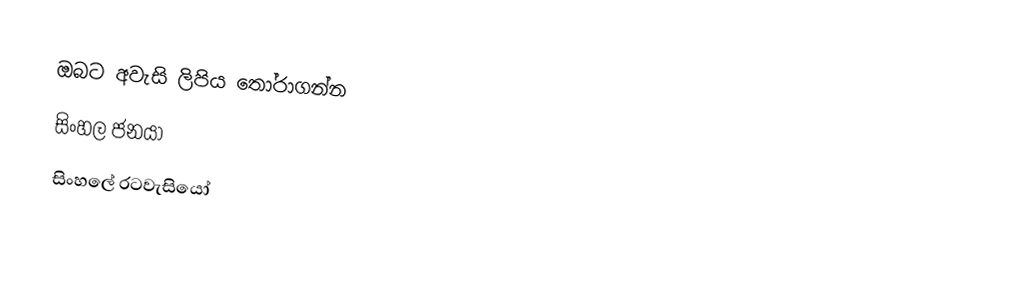
ඔබට අවැසි ලිපිය තෝරාගන්න
 සිංහල ජනයා
 සිංහලේ රටවැසියෝ